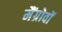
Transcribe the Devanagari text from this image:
मैंग्रोवों